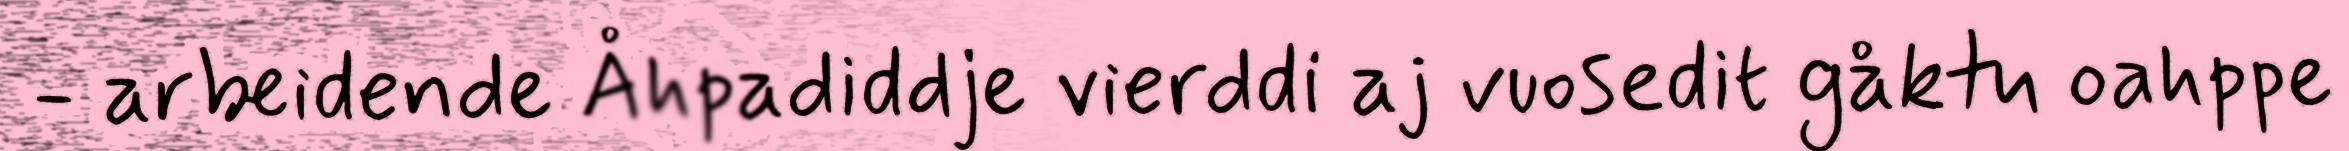
- arbeidende Åhpadiddje vierddi aj vuosedit gåktu oahppe